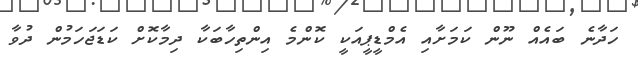
ހަދާނެ ބައެއް ނޫން ކަމަށާއި އެމްޑީޕީއަކީ ކޮންމެ އިންތިހާބަކާ ދިމާކޮށް ކަޑަޖަހަމުން ދުވާ